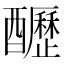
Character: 𨣷